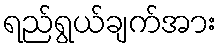
ရည်ရွယ်ချက်အား